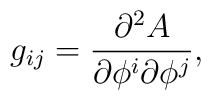
g_{ij}= \frac{\partial^2 A}{\partial \phi^i \partial \phi^j} ,